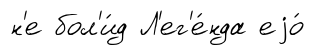
н'е бол'и́д Л'ег'е́нда еjо́